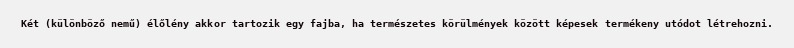
Két (különböző nemű) élőlény akkor tartozik egy fajba, ha természetes körülmények között képesek termékeny utódot létrehozni.